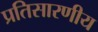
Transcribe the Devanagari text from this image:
प्रतिसारणीय